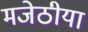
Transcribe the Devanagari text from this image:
मजेठीया